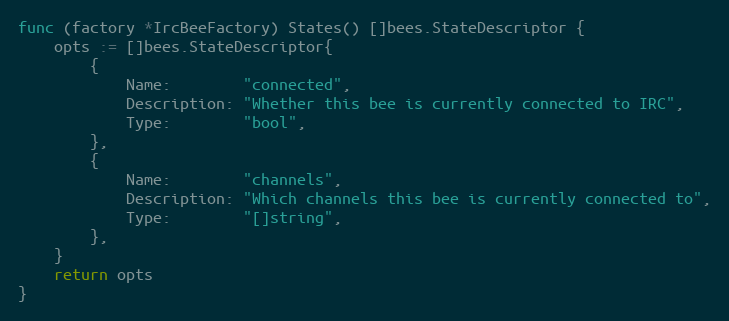
Language: Go
func (factory *IrcBeeFactory) States() []bees.StateDescriptor {
	opts := []bees.StateDescriptor{
		{
			Name:        "connected",
			Description: "Whether this bee is currently connected to IRC",
			Type:        "bool",
		},
		{
			Name:        "channels",
			Description: "Which channels this bee is currently connected to",
			Type:        "[]string",
		},
	}
	return opts
}